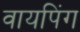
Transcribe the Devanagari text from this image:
वायपिंग